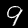
Digit: 9